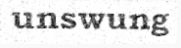
unswung